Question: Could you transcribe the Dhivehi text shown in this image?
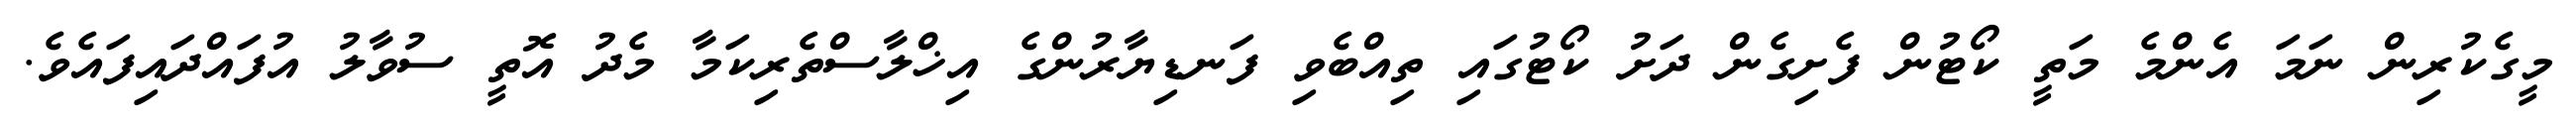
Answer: މީގެކުރިން ނަމަ އެންމެ މަތީ ކޯޓުން ފެށިގެން ދަށު ކޯޓުގައި ތިއްބެވި ފަނޑިޔާރުންގެ އިޚްލާސްތެރިކަމާ މެދު އޮތީ ސުވާލު އުފައްދައިފައެވެ.